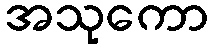
အသုကော